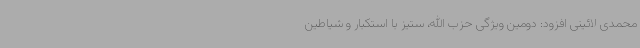
محمدی لائینی افزود: دومین ویژگی حزب الله، ستیز با استکبار و شیاطین